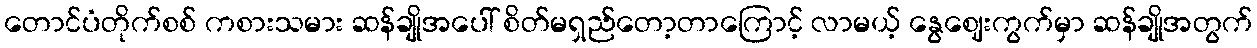
တောင်ပံတိုက်စစ် ကစားသမား ဆန်ချိုအပေါ် စိတ်မရှည်တော့တာကြောင့် လာမယ့် နွေဈေးကွက်မှာ ဆန်ချိုအတွက်